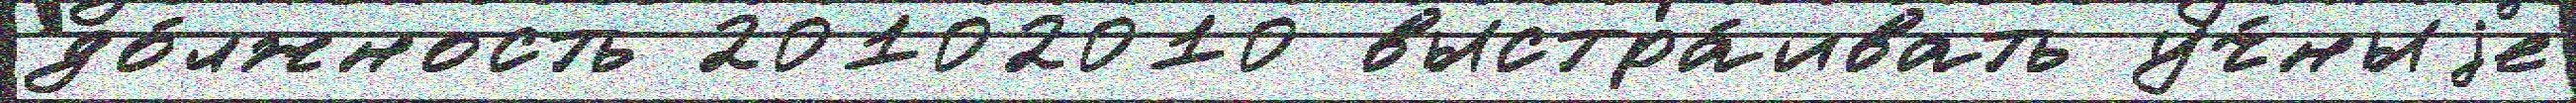
до́лжность 20102010 выстра́ивать уч́ныjе